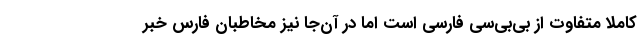
کاملا متفاوت از بی‌بی‌سی فارسی است اما در آن‌جا نیز مخاطبان فارس خبر